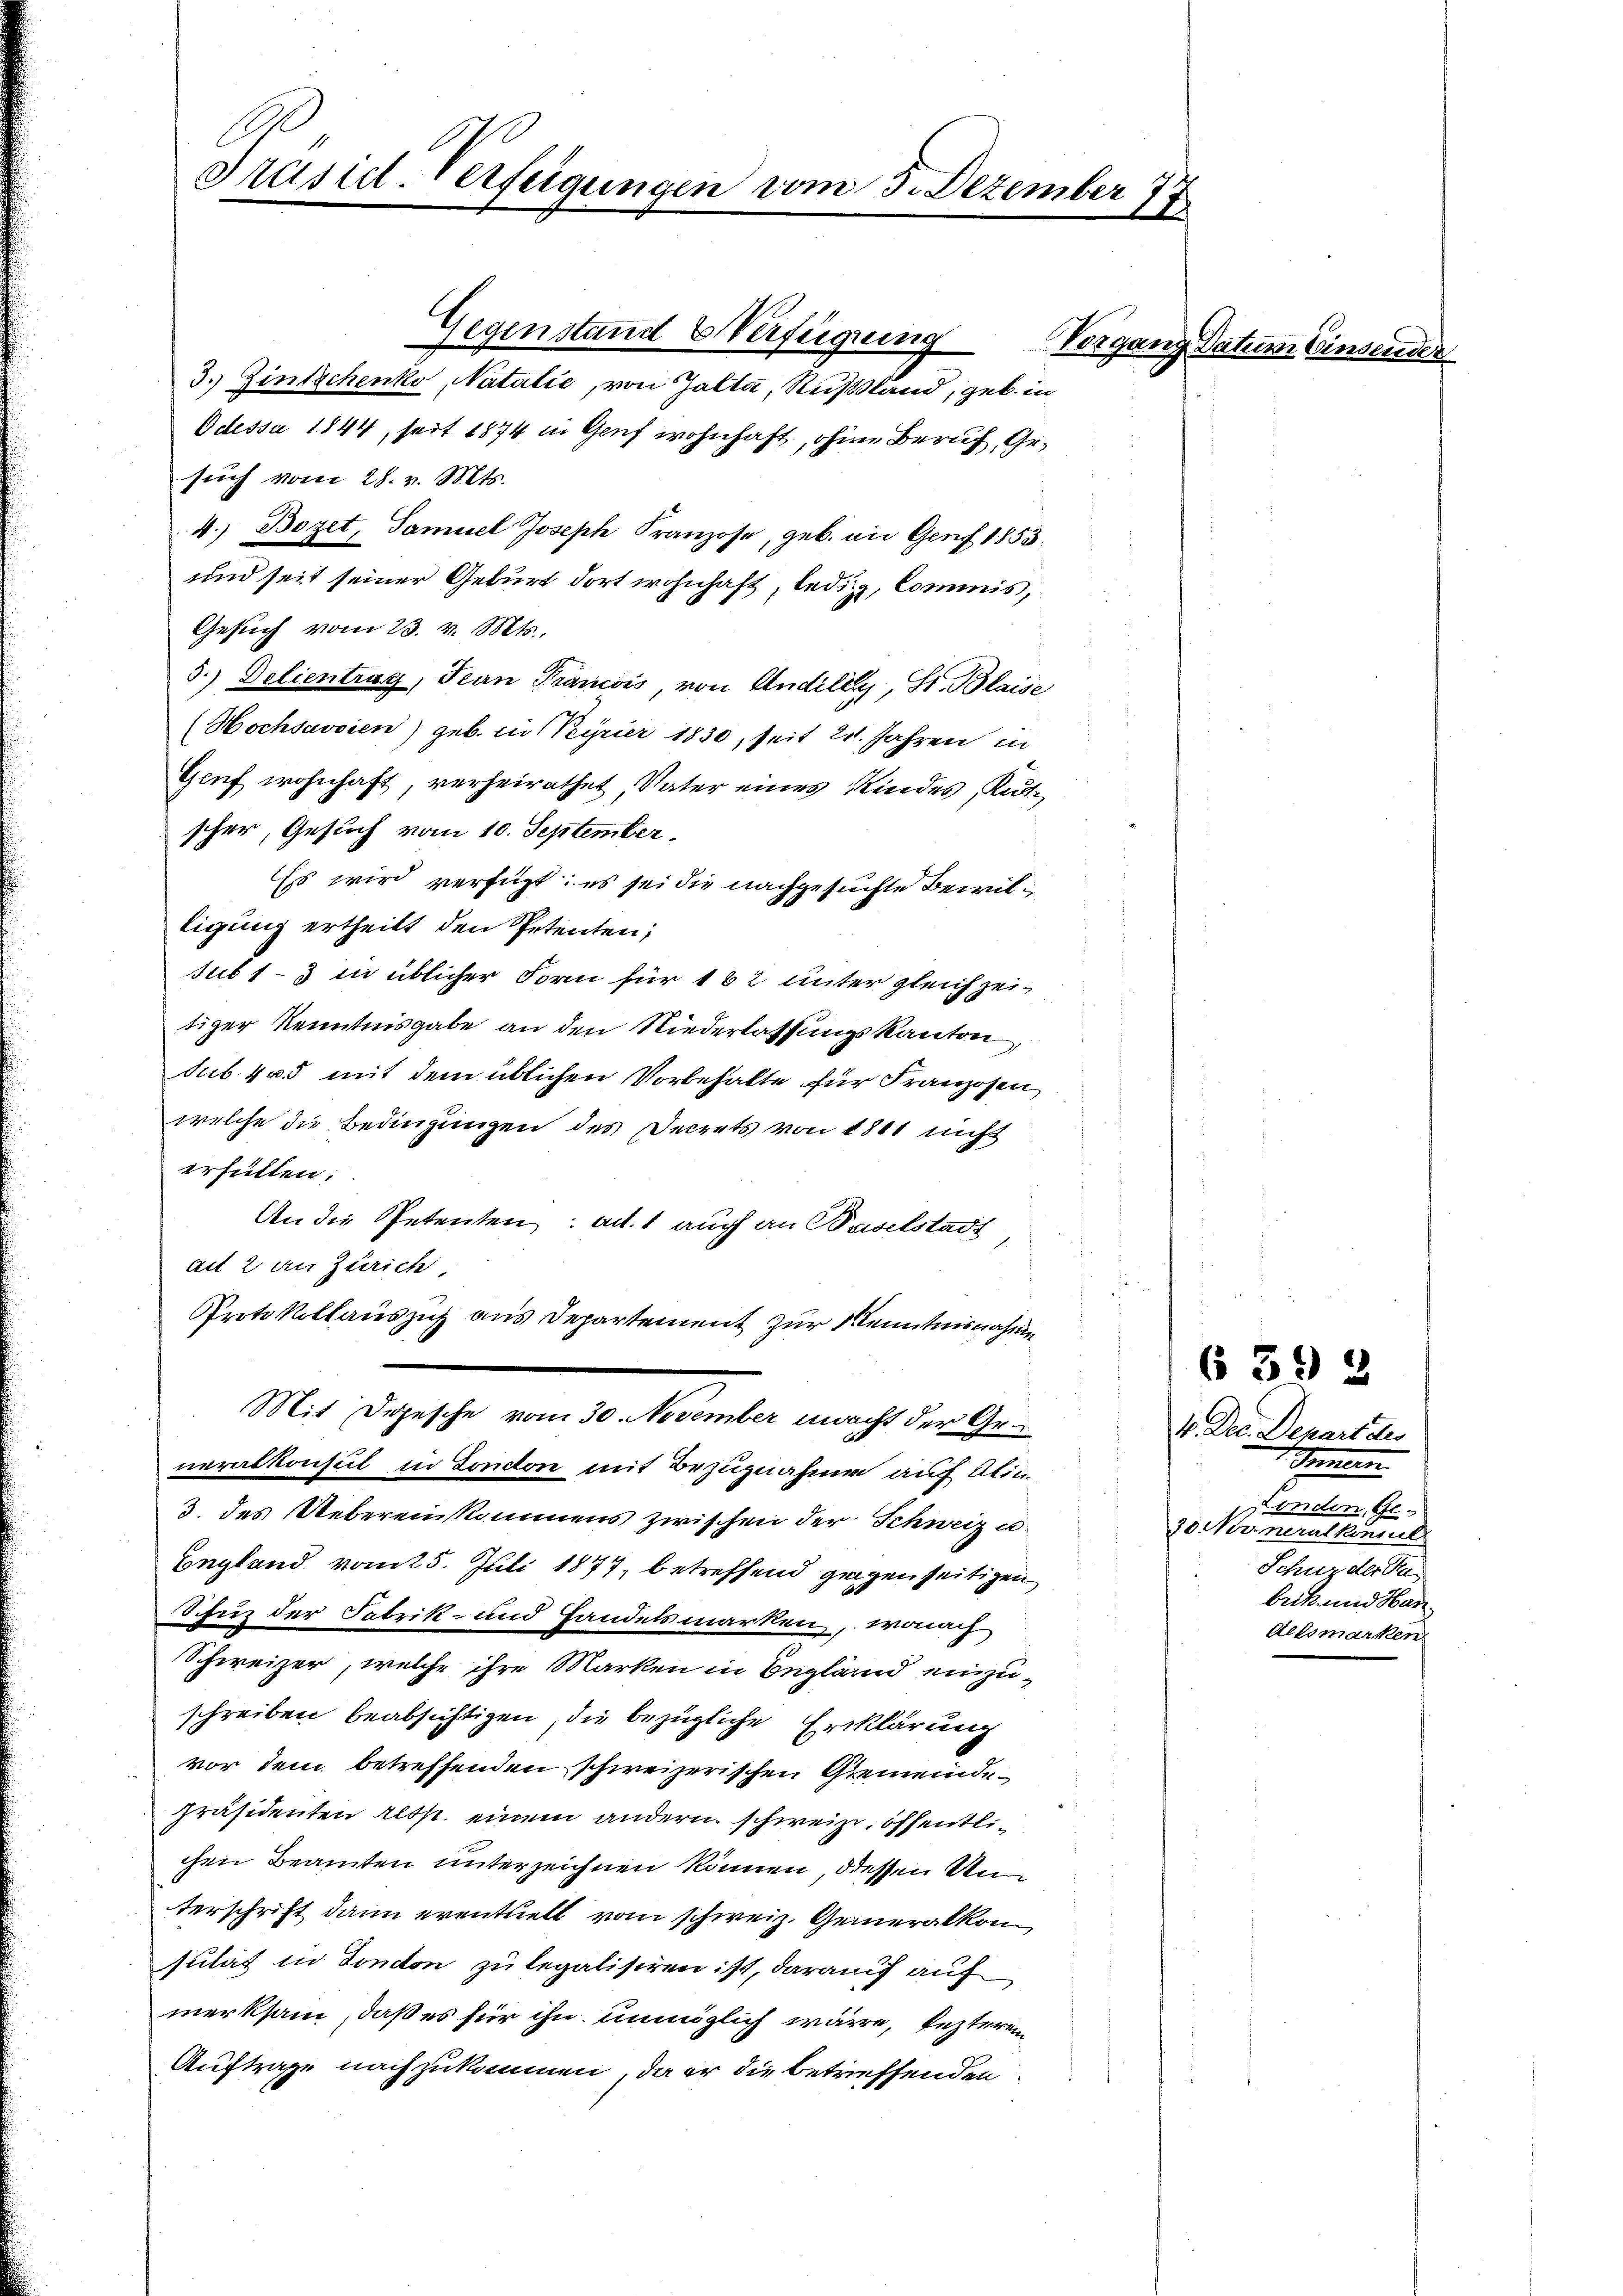
Präsid. Verfügungen vom 3. Dezember
18

Gegenstand Verfügung
3. Zinsschenko, Natalić, von Zalta, Russland, geb. in
Odessa 1844, seit 1874 in Genf wohnhaft, ohne Beruf, Gesuch vom 28. v. Mts.
4.) Bezet, Samuel Joseph Franzose, geb. an Genf 1853.
und seit seiner Geburt dort wohnhaft, ledig, Commis,
Gesuch vom 23. v. Mts.,
5.) Delientrag, Jean Prancois, von Andille, St. Blaise
(Hochsavoien) geb. in Peyrier 1830, seit 21. Jahren in
Genf wohnhaft, verheirathet Vater eines Kindes, Ruttscher, Gesuch vom 10. September.
Es wird verfügt: es sei die nachgesuchte Bewilligung ertheilt den Petenten;
sub 1-3 in üblicher Form für 182 unter gleichzeitiger Kenntnisgabe an den Niederlassungskanton,
sub. 4 u. 5 mit dem üblichen Vorbehalte für Franzosen,
welche die Bedingungen des Decrets von 1801 nicht
erfüllen.
An die Petenten: ad 1 auch an Baselstadt
ait 2 an Zürich,
Protokollauszug aus Departement zur Kenntnisnahme
Mit Depesche vom 30. November macht der Generalkonsul in London mit Bezugnahme auf Alin
3. des Uebereinkommens zwischen der Schweiz u
England vom 25. Juli 1877, betreffend gegenseitigen
Schutz der Fabrik- und Handelsmarken, wonach
Schweizer, welche ihre Marken in Begland einzuschreiben beabsichtigen, die bezügliche Erklärung
vor dem betreffenden schweizerischen Gemeinde¬
Präsidenten Altst einem andern schweize, öffentlichen Beamten unterzeichnen können, diesen Unterschrift dann eventuell vom schweiz. Generalkom
sulat in London zu legalisiren ist, darauf auf
merksam, daß es für ihn unmöglich wäre, lezteren
Auftrage nachzukommen, da er die betreffenden

Vorgang Datum Einsende

639 2

4. Dec. Depart des
Sommen.
ondon, Ge¬
30 Noineralkommel
Schuz der Fa
beck und Han
delsmarken